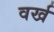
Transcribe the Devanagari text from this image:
वर्ख